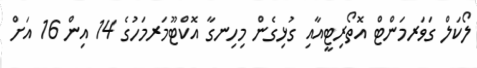
ލޯކަލް ގަވަރމަންޓް އޮތޯރިޓީއާއި ގުޅިގެން މިހިނގާ އޮކްޓޫމަރމަހުގެ 14 އިން 16 އަށް